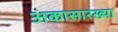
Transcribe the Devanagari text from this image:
अंकासारख्या